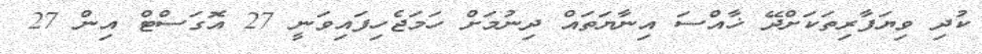
ކުދި ވިޔަފާރިތަކަށްދޭ ޚާއްސަ އިނާޔަތައް ދިނުމަށް ހަމަޖެހިފައިވަނީ 27 އޮގަސްޓް އިން 27